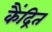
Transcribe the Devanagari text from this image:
कैंद्रित